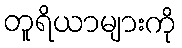
တူရိယာများကို